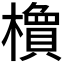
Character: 𬄽